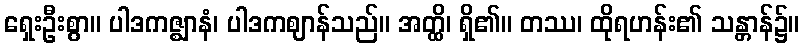
ရှေးဦးစွာ။ ပါဒကဇ္ဈာနံ၊ ပါဒကဈာန်သည်။ အတ္ထိ၊ ရှိ၏။ တဿ၊ ထိုရဟန်း၏ သန္တာန်၌။